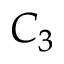
C _ { 3 }